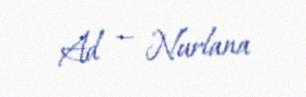
Ad — Nurlana